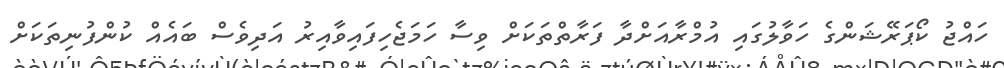
ހައްޖު ކޯޕަރޭޝަންގެ ހަވާލުގައި އުމްރާއަށްދާ ފަރާތްތަކަށް ވިސާ ހަމަޖެހިފައިވާއިރު އަދިވެސް ބައެއް ކުންފުނިތަކަށް